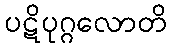
ပဋိပုဂ္ဂလောတိ